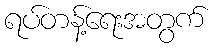
ရပ်တန့်ရေးအတွက်